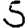
Digit: 5